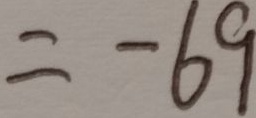
= - 6 9